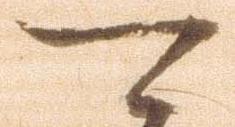
可